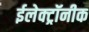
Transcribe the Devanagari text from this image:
ईलेक्ट्रॉनीक